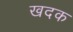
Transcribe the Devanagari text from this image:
खदक